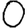
Digit: 0